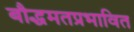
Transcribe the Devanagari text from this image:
बौद्धमतप्रभावित